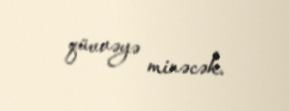
qüvvəyə minəcək.